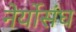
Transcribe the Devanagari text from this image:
नेर्योसंघ